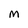
Character: M